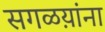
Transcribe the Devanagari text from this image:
सगळय़ांना